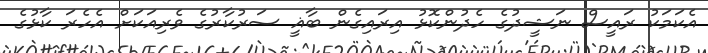
އެކަމަކު ރައީސް ނަޝީދުގެ ހެދުންކޮޅު އިރައިގެން ބާޣީ ސަރުކާރުގެ ވެރިއަކަށް އެހެރަ ކާޅުގެ